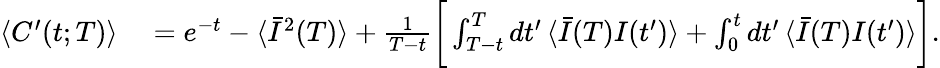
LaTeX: \begin{array}{rl}{\langle C^{\prime}(t;T)\rangle}&{{}=e^{-t}-\langle\bar{I}^{2}(T)\rangle+\frac{1}{T-t}\bigg[\int_{T-t}^{T}dt^{\prime}\, \langle\bar{I}(T)I(t^{\prime})\rangle+\int_{0}^{t}dt^{\prime}\, \langle\bar{I}(T)I(t^{\prime})\rangle\bigg].}\end{array}